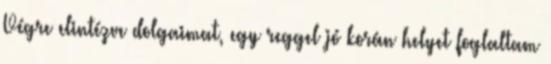
Végre elintézve dolgaimat, egy reggel jó korán helyet foglaltam